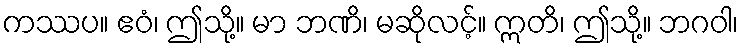
ကဿပ။ ဧဝံ၊ ဤသို့။ မာ ဘဏိ၊ မဆိုလင့်။ ဣတိ၊ ဤသို့။ ဘဂဝါ၊